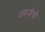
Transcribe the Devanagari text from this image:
दमाजीची